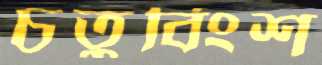
চতুর্বিংশ